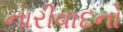
નારીવાદનો